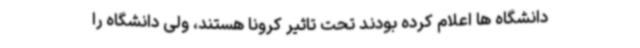
دانشگاه ها اعلام کرده بودند تحت تاثیر کرونا هستند، ولی دانشگاه را